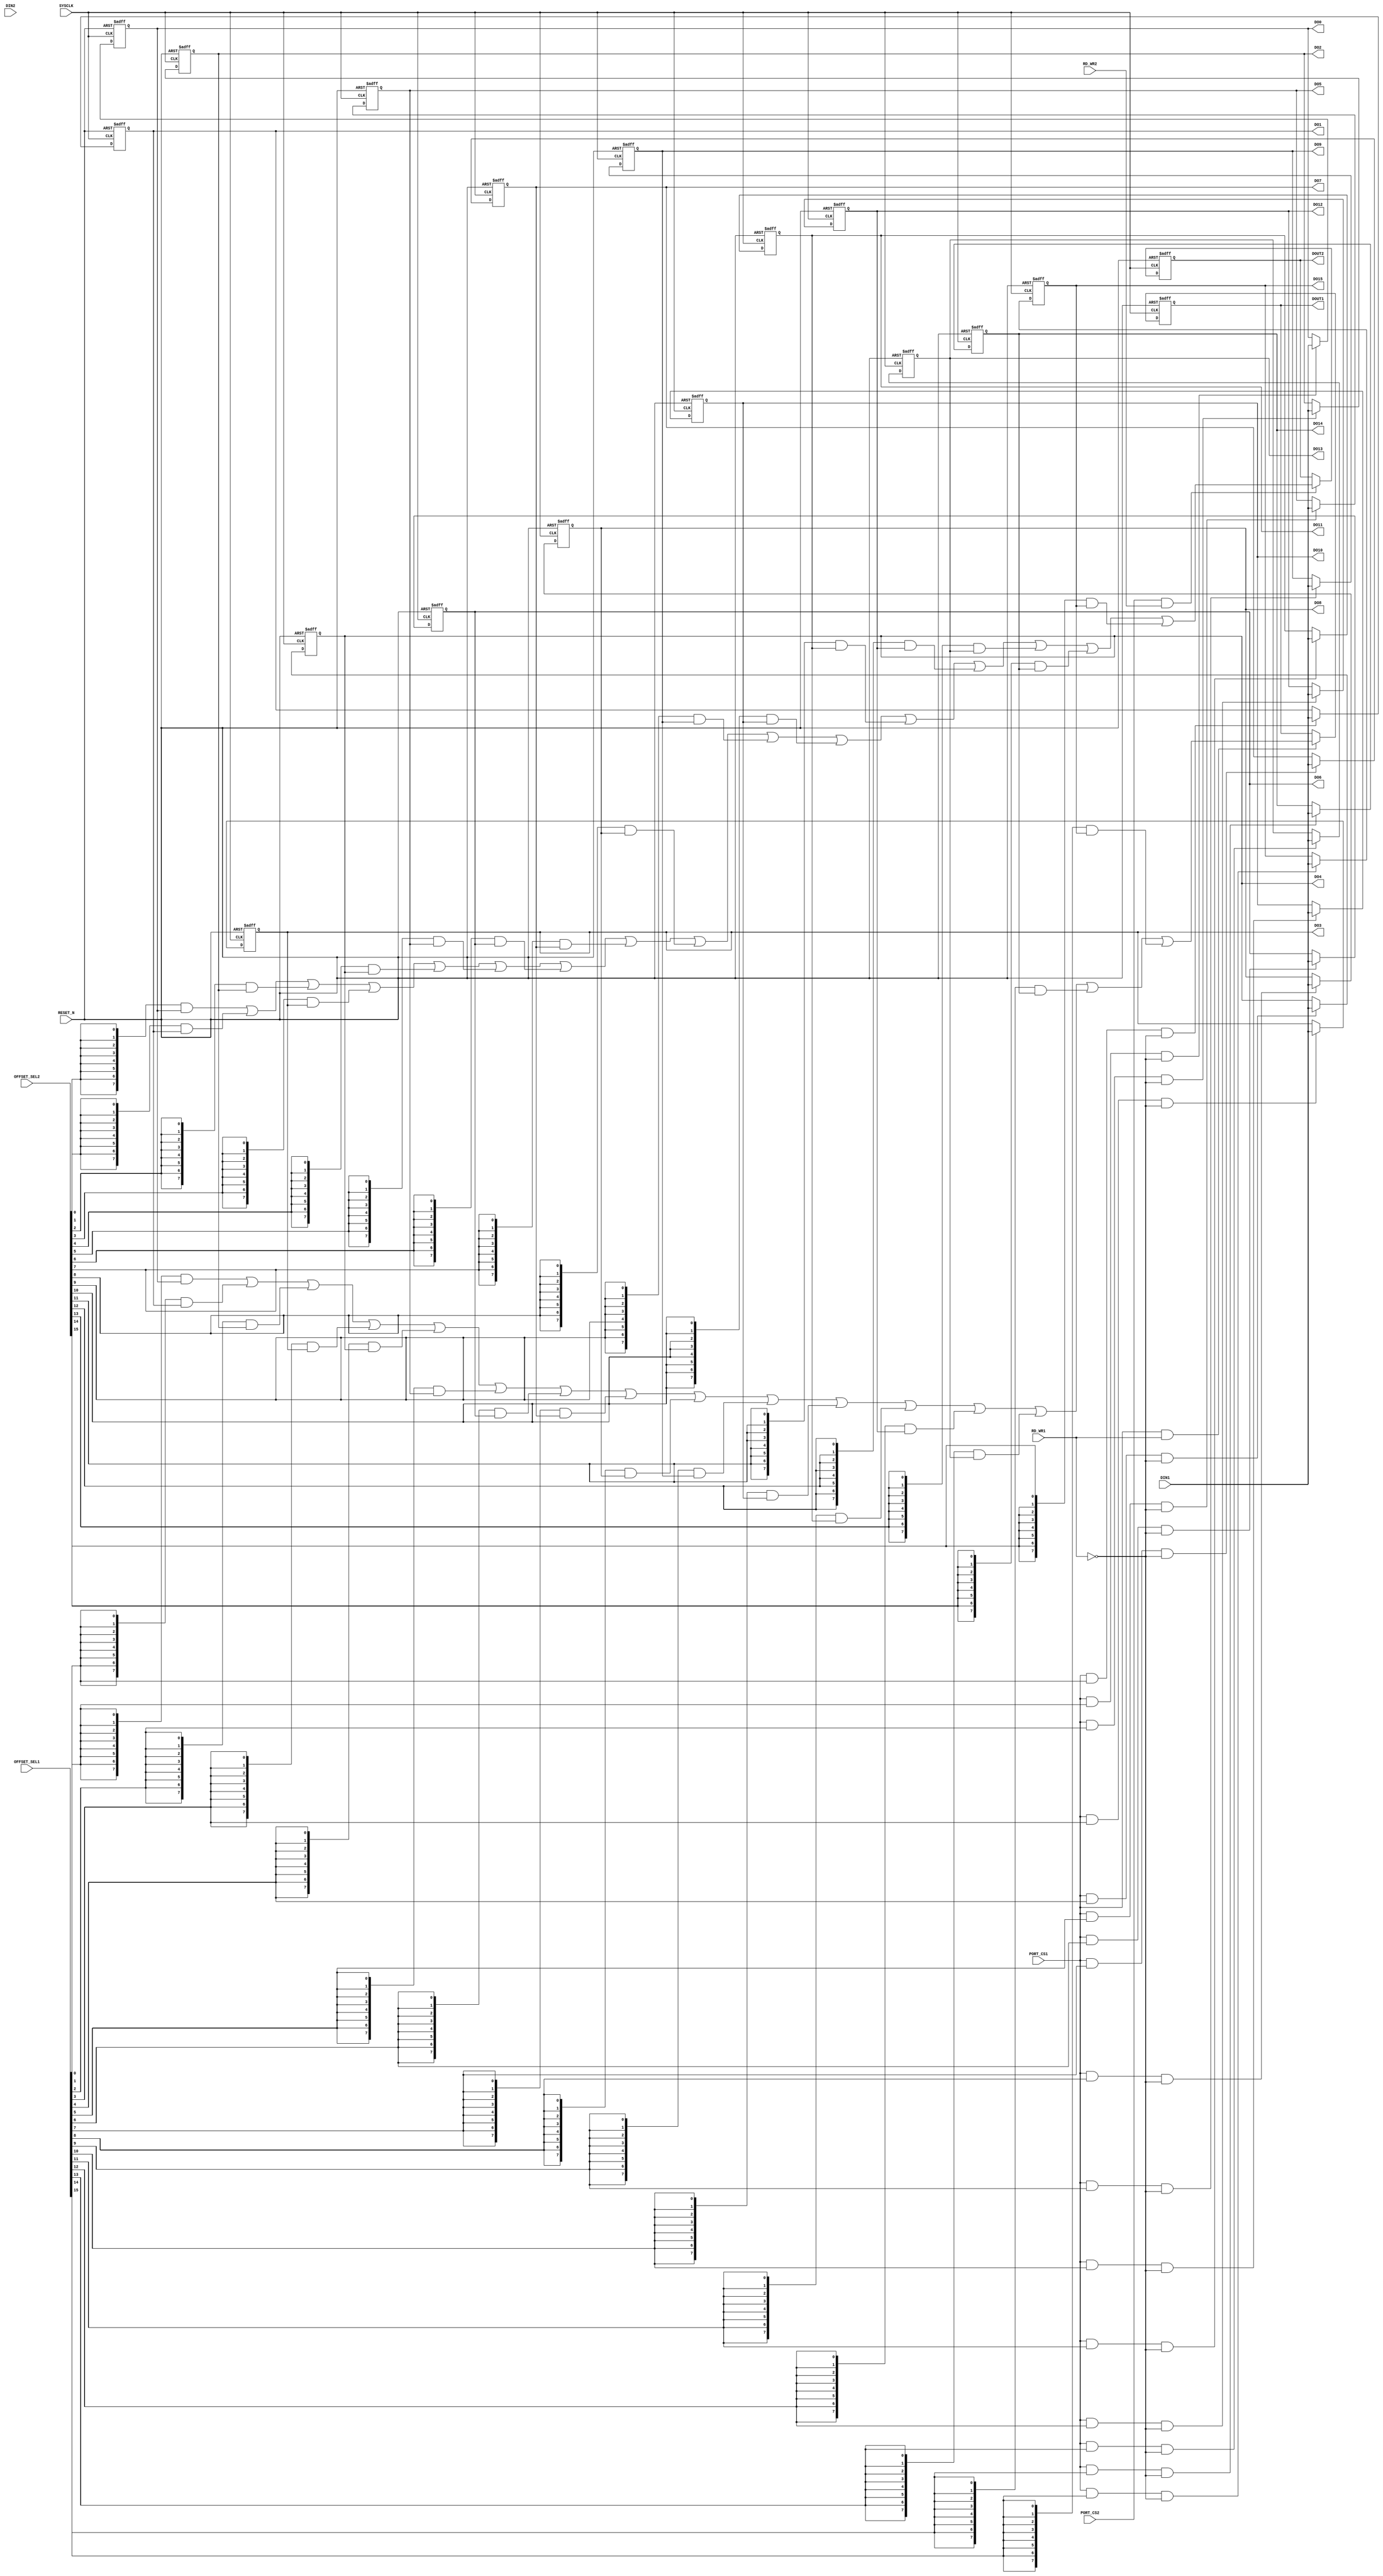
module GPO # (
                parameter GPO_DFT = 8'h0
              )
			  (
                input	    		SYSCLK,		 	//System clock
                input	    		RESET_N,		//Reset signal
                            
                input	    		PORT_CS1,		//PORT select signal
                input	    [15:0]	OFFSET_SEL1,	//Address offset selection
                input	    		RD_WR1,			//I2C read/write signal, 1 means read, 0 means write
                input	    		PORT_CS2,		//PORT select signal
                input	    [15:0]	OFFSET_SEL2,	//Address offset selection
                input	    		RD_WR2,			//I2C read/write signal, 1 means read, 0 means write
                            
                input	    [7:0]	DIN1,
                input	    [7:0]	DIN2,
                output reg	[7:0]	DOUT1,			//Output data when I2C read operation
                output reg	[7:0]	DOUT2,			//Output data when I2C read operation

				output reg  [7:0]   DO0,
				output reg  [7:0]   DO1,
				output reg  [7:0]   DO2,
				output reg  [7:0]   DO3,
				output reg  [7:0]   DO4,
				output reg  [7:0]   DO5,
				output reg  [7:0]   DO6,
				output reg  [7:0]   DO7,                                    
				output reg  [7:0]   DO8,
				output reg  [7:0]   DO9,
				output reg  [7:0]   DO10,
				output reg  [7:0]   DO11,
				output reg  [7:0]   DO12,
				output reg  [7:0]   DO13,
				output reg  [7:0]   DO14,
				output reg  [7:0]   DO15
				);

wire		[7:0]	DOUT_W1 =	(
							({8{OFFSET_SEL1[0]}}  & DO0)		|
							({8{OFFSET_SEL1[1]}}  & DO1)		|
							({8{OFFSET_SEL1[2]}}  & DO2)		|
							({8{OFFSET_SEL1[3]}}  & DO3)		|
							({8{OFFSET_SEL1[4]}}  & DO4)		|
							({8{OFFSET_SEL1[5]}}  & DO5)		|
							({8{OFFSET_SEL1[6]}}  & DO6)		|
							({8{OFFSET_SEL1[7]}}  & DO7)		|
							({8{OFFSET_SEL1[8]}}  & DO8)		|
							({8{OFFSET_SEL1[9]}}  & DO9)		|
							({8{OFFSET_SEL1[10]}} & DO10)		|
							({8{OFFSET_SEL1[11]}} & DO11)		|
							({8{OFFSET_SEL1[12]}} & DO12)		|
							({8{OFFSET_SEL1[13]}} & DO13)		|
							({8{OFFSET_SEL1[14]}} & DO14)		|
							({8{OFFSET_SEL1[15]}} & DO15)
							);

wire		[7:0]	DOUT_W2 =	(
							({8{OFFSET_SEL2[0]}}  & DO0)		|
							({8{OFFSET_SEL2[1]}}  & DO1)		|
							({8{OFFSET_SEL2[2]}}  & DO2)		|
							({8{OFFSET_SEL2[3]}}  & DO3)		|
							({8{OFFSET_SEL2[4]}}  & DO4)		|
							({8{OFFSET_SEL2[5]}}  & DO5)		|
							({8{OFFSET_SEL2[6]}}  & DO6)		|
							({8{OFFSET_SEL2[7]}}  & DO7)		|
							({8{OFFSET_SEL2[8]}}  & DO8)		|
							({8{OFFSET_SEL2[9]}}  & DO9)		|
							({8{OFFSET_SEL2[10]}} & DO10)		|
							({8{OFFSET_SEL2[11]}} & DO11)		|
							({8{OFFSET_SEL2[12]}} & DO12)		|
							({8{OFFSET_SEL2[13]}} & DO13)		|
							({8{OFFSET_SEL2[14]}} & DO14)		|
							({8{OFFSET_SEL2[15]}} & DO15)
							);

//READ
always@(posedge SYSCLK or negedge RESET_N)
	begin
		if(RESET_N == 1'b0)
			begin
				DOUT1 <= 8'h0;
			end
		else
			begin
				DOUT1 <= (PORT_CS1 & RD_WR1)? DOUT_W1 : DOUT1;			
			end
	end

always@(posedge SYSCLK or negedge RESET_N)
	begin
		if(RESET_N == 1'b0)
			begin
				DOUT2 <= 8'h0;
			end
		else
			begin
				DOUT2 <= (PORT_CS2 & RD_WR2)? DOUT_W2 : DOUT2;			
			end
	end

//WRITE
always@(posedge SYSCLK or negedge RESET_N)
	begin
		if(RESET_N == 1'b0)
			begin
				DO0  	<= GPO_DFT;
				DO1  	<= GPO_DFT;
				DO2  	<= GPO_DFT;
				DO3  	<= GPO_DFT;
				DO4  	<= GPO_DFT;
				DO5  	<= GPO_DFT;
				DO6  	<= GPO_DFT;
				DO7  	<= GPO_DFT;
				DO8  	<= GPO_DFT;
				DO9  	<= GPO_DFT;
				DO10	<= GPO_DFT;
				DO11	<= GPO_DFT;
				DO12	<= GPO_DFT;
				DO13	<= GPO_DFT;
				DO14	<= GPO_DFT;
				DO15	<= GPO_DFT;
			end
		else
			begin
				DO0 	<= (PORT_CS1 & OFFSET_SEL1[0]  & ~RD_WR1)? DIN1 : DO0 ;
				DO1 	<= (PORT_CS1 & OFFSET_SEL1[1]  & ~RD_WR1)? DIN1 : DO1 ;
				DO2 	<= (PORT_CS1 & OFFSET_SEL1[2]  & ~RD_WR1)? DIN1 : DO2 ;
				DO3 	<= (PORT_CS1 & OFFSET_SEL1[3]  & ~RD_WR1)? DIN1 : DO3 ;
				DO4 	<= (PORT_CS1 & OFFSET_SEL1[4]  & ~RD_WR1)? DIN1 : DO4 ;
				DO5 	<= (PORT_CS1 & OFFSET_SEL1[5]  & ~RD_WR1)? DIN1 : DO5 ;
				DO6 	<= (PORT_CS1 & OFFSET_SEL1[6]  & ~RD_WR1)? DIN1 : DO6 ;
				DO7 	<= (PORT_CS1 & OFFSET_SEL1[7]  & ~RD_WR1)? DIN1 : DO7 ;
				DO8 	<= (PORT_CS1 & OFFSET_SEL1[8]  & ~RD_WR1)? DIN1 : DO8 ;
				DO9 	<= (PORT_CS1 & OFFSET_SEL1[9]  & ~RD_WR1)? DIN1 : DO9 ;
				DO10	<= (PORT_CS1 & OFFSET_SEL1[10] & ~RD_WR1)? DIN1 : DO10;
				DO11	<= (PORT_CS1 & OFFSET_SEL1[11] & ~RD_WR1)? DIN1 : DO11;
				DO12	<= (PORT_CS1 & OFFSET_SEL1[12] & ~RD_WR1)? DIN1 : DO12;
				DO13	<= (PORT_CS1 & OFFSET_SEL1[13] & ~RD_WR1)? DIN1 : DO13;
				DO14	<= (PORT_CS1 & OFFSET_SEL1[14] & ~RD_WR1)? DIN1 : DO14;
				DO15	<= (PORT_CS1 & OFFSET_SEL1[15] & ~RD_WR1)? DIN1 : DO15;
			end
	end

endmodule